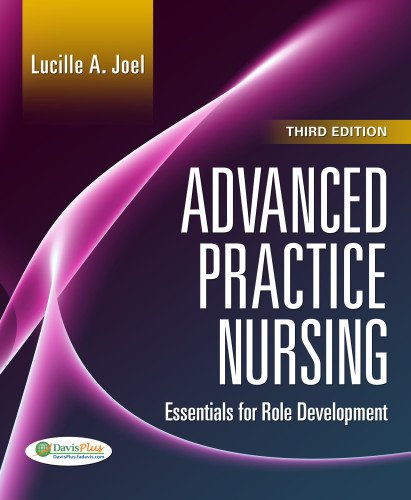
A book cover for Advanced Practice Nursing: Essentials of Role Development; Lucille A. Joel RN  PhD  FAAN; Medical Books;